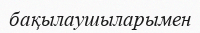
бақылаушыларымен